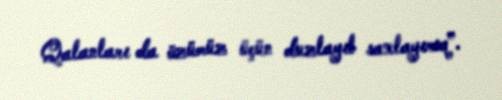
Qalanları da özümüz üçün duzlayıb saxlayırıq”.